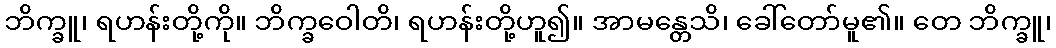
ဘိက္ခူ၊ ရဟန်းတို့ကို။ ဘိက္ခဝေါတိ၊ ရဟန်းတို့ဟူ၍။ အာမန္တေသိ၊ ခေါ်တော်မူ၏။ တေ ဘိက္ခူ၊